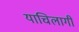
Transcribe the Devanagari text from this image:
याचिलागीं